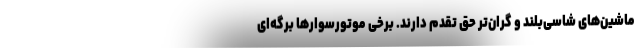
ماشین‌های شاسی‌بلند و گران‌تر حق تقدم دارند. برخی موتورسوارها برگه‌ای